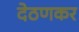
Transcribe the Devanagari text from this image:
देठणकर